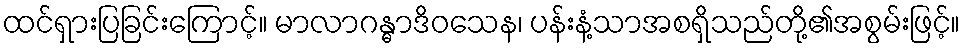
ထင်ရှားပြခြင်းကြောင့်။ မာလာဂန္ဓာဒိဝသေန၊ ပန်းနံ့သာအစရှိသည်တို့၏အစွမ်းဖြင့်။